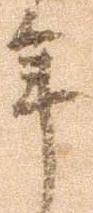
年